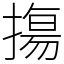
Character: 摥